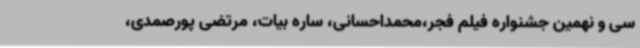
سی و نهمین جشنواره فیلم فجر،محمداحسانی، ساره بیات، مرتضی پورصمدی،